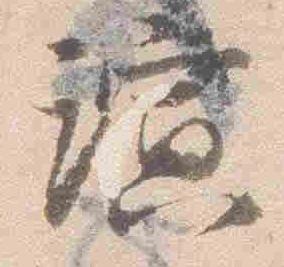
演